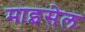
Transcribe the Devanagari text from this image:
माइसेल